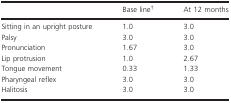
<table><thead><tr><td></td><td><b>Base lineb</b></td><td><b>At 12 months</b></td></tr></thead><tbody><tr><td>Sitting in an upright posture</td><td>1.0</td><td>3.0</td></tr><tr><td>Palsy</td><td>3.0</td><td>3.0</td></tr><tr><td>Pronunciation</td><td>1.67</td><td>3.0</td></tr><tr><td>Lip protrusion</td><td>1.0</td><td>2.67</td></tr><tr><td>Tongue movement</td><td>0.33</td><td>1.33</td></tr><tr><td>Pharyngeal reflex</td><td>3.0</td><td>3.0</td></tr><tr><td>Halitosis</td><td>3.0</td><td>3.0</td></tr></tbody></table>